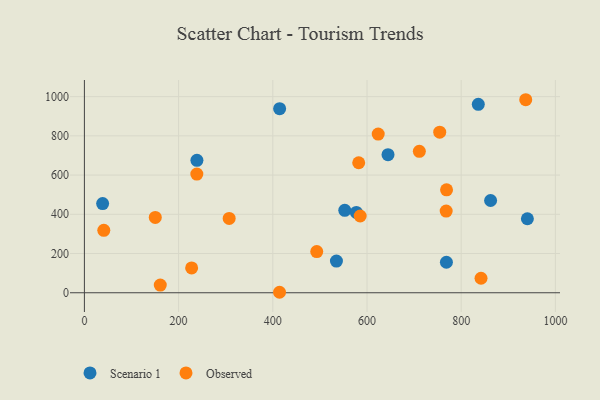
{"axis": {"x": "Investment", "y": "Exam Score"}, "legend": ["Observed", "Scenario 1"], "data": [{"x": "836.3", "y": 960.4, "type": "Scenario 1"}, {"x": "535.1", "y": 161.3, "type": "Scenario 1"}, {"x": "862.4", "y": 470.2, "type": "Scenario 1"}, {"x": "38.7", "y": 454.8, "type": "Scenario 1"}, {"x": "552.8", "y": 420.2, "type": "Scenario 1"}, {"x": "768.6", "y": 155.6, "type": "Scenario 1"}, {"x": "577.4", "y": 409.7, "type": "Scenario 1"}, {"x": "940.5", "y": 377.2, "type": "Scenario 1"}, {"x": "238.9", "y": 675.1, "type": "Scenario 1"}, {"x": "414.5", "y": 938.6, "type": "Scenario 1"}, {"x": "644.6", "y": 704.1, "type": "Scenario 1"}, {"x": "768.1", "y": 416.3, "type": "Observed"}, {"x": "41.2", "y": 318.2, "type": "Observed"}, {"x": "161.1", "y": 39.3, "type": "Observed"}, {"x": "307.4", "y": 379.0, "type": "Observed"}, {"x": "711.1", "y": 721.0, "type": "Observed"}, {"x": "585.5", "y": 391.2, "type": "Observed"}, {"x": "937.0", "y": 984.1, "type": "Observed"}, {"x": "414.3", "y": 2.4, "type": "Observed"}, {"x": "842.1", "y": 73.8, "type": "Observed"}, {"x": "150.5", "y": 383.8, "type": "Observed"}, {"x": "238.7", "y": 604.8, "type": "Observed"}, {"x": "493.3", "y": 209.7, "type": "Observed"}, {"x": "754.4", "y": 818.6, "type": "Observed"}, {"x": "768.9", "y": 524.7, "type": "Observed"}, {"x": "227.7", "y": 126.8, "type": "Observed"}, {"x": "623.8", "y": 809.1, "type": "Observed"}, {"x": "582.4", "y": 662.8, "type": "Observed"}]}